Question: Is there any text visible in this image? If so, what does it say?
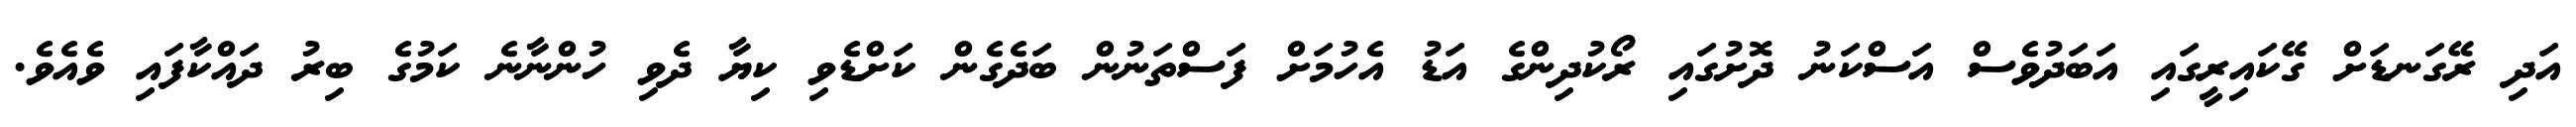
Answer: އަދި ރޭގަނޑަށް ގޭކައިރީގައި އަބަދުވެސް އަސްކަނު ދޮށުގައި ރޯކުދިންގެ އަޑު އެހުމަށް ފަސްތަނުން ބަދެގެން ކަށްޑެވި ކިޔާ ދެވި ހުންނާނެ ކަމުގެ ބިރު ދައްކާފައި ވެއެވެ.